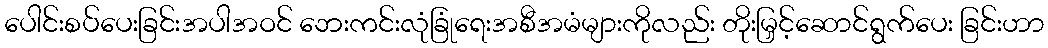
ပေါင်းစပ်ပေးခြင်းအပါအဝင် ဘေးကင်းလုံခြုံရေးအစီအမံများကိုလည်း တိုးမြှင့်ဆောင်ရွက်ပေး ခြင်းဟာ